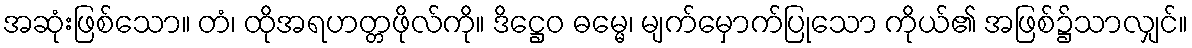
အဆုံးဖြစ်သော။ တံ၊ ထိုအရဟတ္တဖိုလ်ကို။ ဒိဋ္ဌေဝ ဓမ္မေ၊ မျက်မှောက်ပြုသော ကိုယ်၏ အဖြစ်၌သာလျှင်။